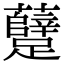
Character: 躠